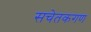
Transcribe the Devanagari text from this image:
सचेतकगण